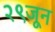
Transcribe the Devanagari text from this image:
२९जून